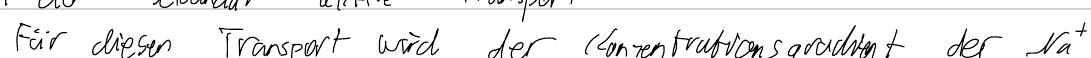
Für diesen Transport wird der Konzentrationsgradient der Na+